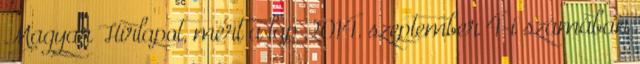
Magyar Hírlapot, mert a lap 2014. szeptember 4-i számában